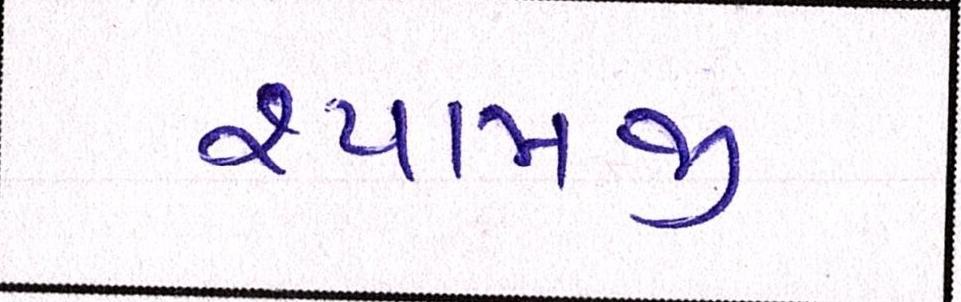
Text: શ્યામજી